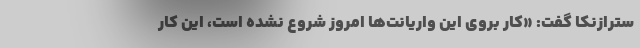
سترازنکا گفت: «کار بروی این واریانت‌ها امروز شروع نشده است، این کار